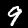
Label: 9